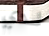
لدي